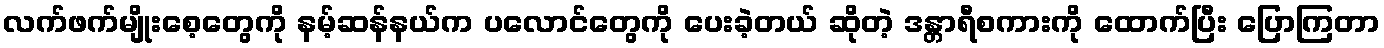
လက်ဖက်မျိုးစေ့တွေကို နမ့်ဆန်နယ်က ပလောင်တွေကို ပေးခဲ့တယ် ဆိုတဲ့ ဒန္တာရီစကားကို ထောက်ပြီး ပြောကြတာ